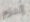
إلتزم